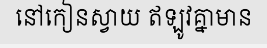
នៅកៀនស្វាយ ឥឡូវគ្នាមាន